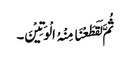
ثُمَّ لَقَطَعْنَا مِنْہُ الْوَتِیْنَ۔